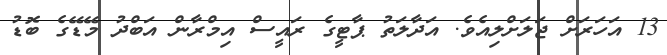
13 އަހަރަށް ޖަލަށްލިއެވެ. އަދާލަތު ޕާޓީގެ ރައީސް އިމްރާން އަބްދު މޭޑޭގެ ބޮޑު